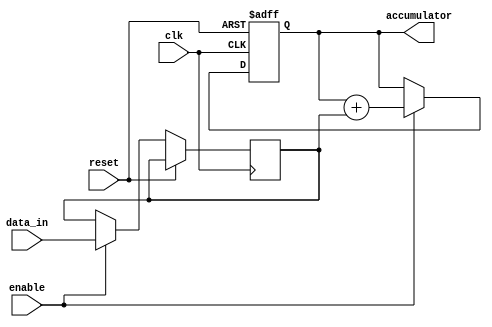
module accumulator(
    input wire clk,
    input wire reset,
    input wire enable,
    input wire [7:0] data_in,
    output reg [15:0] accumulator
);

reg [7:0] data_accumulator;

always @(posedge clk or posedge reset)
begin
    if(reset)
        accumulator <= 16'b0;
    else if(enable)
    begin
        data_accumulator <= data_in;
        accumulator <= accumulator + data_accumulator;
    end
end

endmodule